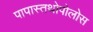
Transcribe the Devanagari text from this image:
पापास्तथोपोलोस